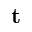
\mathbf { t }